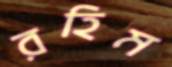
রহিম